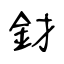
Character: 釮